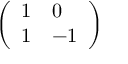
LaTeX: \left( \begin{array} { l l } { 1 } & { 0 } \\ { 1 } & { - 1 } \end{array} \right)